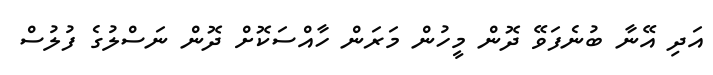
އަދި އޭނާ ބުނެފަވޭ ދޮން މީހުން މަރަން ހާއްސަކޮށް ދޮން ނަސްލުގެ ފުލުސް